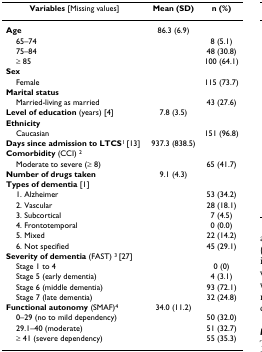
<table><thead><tr><td><b>Variables [Missing values]</b></td><td><b>Mean (SD)</b></td><td><b>n (%)</b></td></tr></thead><tbody><tr><td><b>Age</b></td><td>86.3 (6.9)</td><td></td></tr><tr><td> 65–74</td><td></td><td>8 (5.1)</td></tr><tr><td> 75–84</td><td></td><td>48 (30.8)</td></tr><tr><td> ≥ 85</td><td></td><td>100 (64.1)</td></tr><tr><td><b>Sex</b></td><td></td><td></td></tr><tr><td> Female</td><td></td><td>115 (73.7)</td></tr><tr><td><b>Marital status</b></td><td></td><td></td></tr><tr><td> Married-living as married</td><td></td><td>43 (27.6)</td></tr><tr><td><b>Level of education </b>(years) [4]</td><td>7.8 (3.5)</td><td></td></tr><tr><td><b>Ethnicity</b></td><td></td><td></td></tr><tr><td> Caucasian</td><td></td><td>151 (96.8)</td></tr><tr><td><b>Days since admission to LTCS</b><sup>1 </sup>[13]</td><td>937.3 (838.5)</td><td></td></tr><tr><td><b>Comorbidity </b>(CCI) <sup>2</sup></td><td></td><td></td></tr><tr><td> Moderate to severe (≥ 8)</td><td></td><td>65 (41.7)</td></tr><tr><td><b>Number of drugs taken</b></td><td>9.1 (4.3)</td><td></td></tr><tr><td><b>Types of dementia </b>[1]</td><td></td><td></td></tr><tr><td> 1. Alzheimer</td><td></td><td>53 (34.2)</td></tr><tr><td> 2. Vascular</td><td></td><td>28 (18.1)</td></tr><tr><td> 3. Subcortical</td><td></td><td>7 (4.5)</td></tr><tr><td> 4. Frontotemporal</td><td></td><td>0 (0.0)</td></tr><tr><td> 5. Mixed</td><td></td><td>22 (14.2)</td></tr><tr><td> 6. Not specified</td><td></td><td>45 (29.1)</td></tr><tr><td><b>Severity of dementia </b>(FAST) <sup>3 </sup>[27]</td><td></td><td></td></tr><tr><td> Stage 1 to 4</td><td></td><td>0 (0)</td></tr><tr><td> Stage 5 (early dementia)</td><td></td><td>4 (3.1)</td></tr><tr><td> Stage 6 (middle dementia)</td><td></td><td>93 (72.1)</td></tr><tr><td> Stage 7 (late dementia)</td><td></td><td>32 (24.8)</td></tr><tr><td><b>Functional autonomy </b>(SMAF)<sup>4</sup></td><td>34.0 (11.2)</td><td></td></tr><tr><td> 0–29 (no to mild dependency)</td><td></td><td>50 (32.0)</td></tr><tr><td> 29.1–40 (moderate)</td><td></td><td>51 (32.7)</td></tr><tr><td> ≥ 41 (severe dependency)</td><td></td><td>55 (35.3)</td></tr></tbody></table>